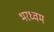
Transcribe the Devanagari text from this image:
भरध्वम